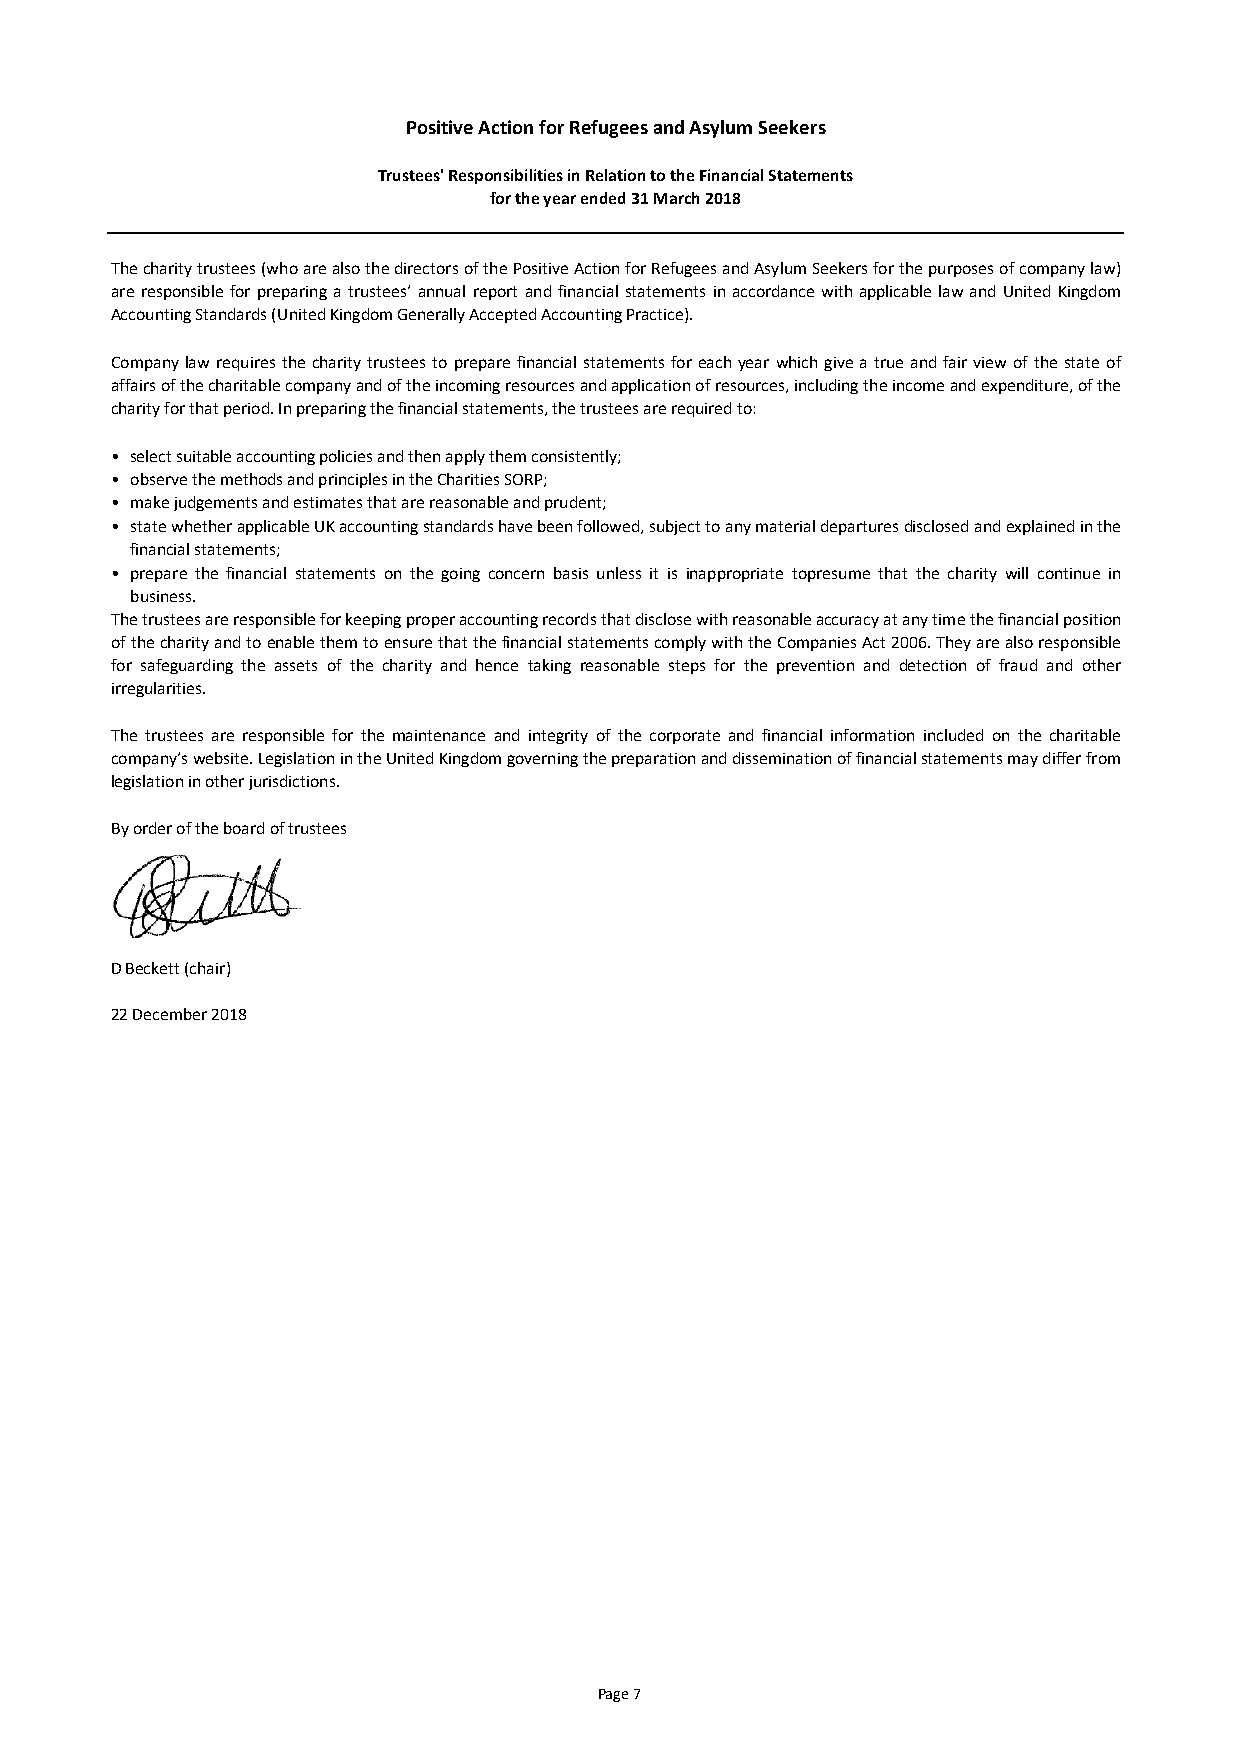
Positive Action for Refugees and Asylum Seekers
 Trustees' Responsibilities in Relation to the Financial Statements
 for the year ended 31 March 2018
 Thecharitytrustees(whoarealsothedirectorsofthePositiveActionforRefugeesandAsylumSeekersforthepurposesofcompanylaw)
 areresponsible for preparingatrustees’ annualreport andfinancialstatements inaccordancewithapplicablelawandUnitedKingdom
 Accounting Standards (United Kingdom Generally Accepted Accounting Practice).
 Companylawrequiresthecharitytrusteestopreparefinancialstatementsforeachyearwhichgiveatrueandfairviewofthestateof
 affairsofthecharitablecompanyandoftheincomingresourcesandapplicationofresources,includingtheincomeandexpenditure,ofthe
 charity for that period. In preparing the financial statements, the trustees are required to:
 • select suitable accounting policies and then apply them consistently;
 • observe the methods and principles in the Charities SORP;
 • make judgements and estimates that are reasonable and prudent;
 • statewhetherapplicableUKaccountingstandardshavebeenfollowed,subjecttoanymaterialdeparturesdisclosedandexplainedinthe
 financial statements;
 • prepare the financial statements on the going concern basis unless it is inappropriate topresume that the charity will continue in
 business.
 Thetrusteesareresponsibleforkeepingproperaccountingrecordsthatdisclosewithreasonableaccuracyatanytimethefinancialposition
 ofthecharityandtoenablethemtoensurethatthefinancialstatementscomplywiththeCompaniesAct2006.Theyarealsoresponsible
 for safeguarding the assets of the charity and hence taking reasonable steps for the prevention and detection of fraud and other
 irregularities.
 The trustees are responsible for the maintenance and integrity of the corporate and financial information included on the charitable
 company’swebsite.LegislationintheUnitedKingdomgoverningthepreparationanddisseminationoffinancialstatementsmaydifferfrom
 legislation in other jurisdictions.
 By order of the board of trustees
 D Beckett (chair)
 22 December 2018
 Page 7